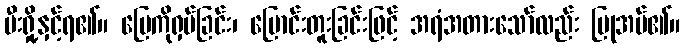
မီးရှို့နှင့်ရ၏။ မြေကိုရှပ်ခြင်း၊ မြောင်းတူးခြင်းဖြင့် အရံအတားသော်လည်း ပြုအပ်၏။